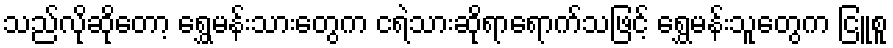
သည်လိုဆိုတော့ ရွှေမန်းသားတွေက ငရဲသားဆိုရာရောက်သဖြင့် ရွှေမန်းသူတွေက ငြူစူ